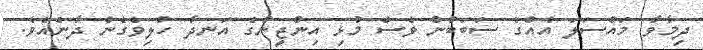
ދިމާވާ މައްސަލަ އެއްގެ ސަބަބުން ވެސް މުޅި އިންޖީނުގެ އަނދާ ހުލިވެގެން ދާނެއެވެ.